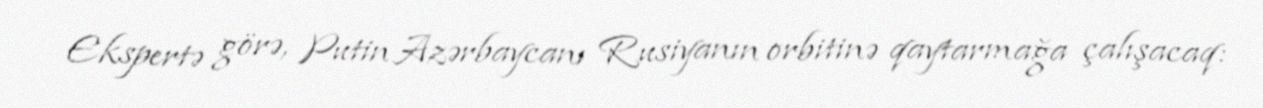
Ekspertə görə, Putin Azərbaycanı Rusiyanın orbitinə qaytarmağa çalışacaq: